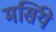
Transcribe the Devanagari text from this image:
मर्सिये